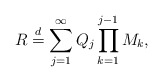
\begin{align*}R \stackrel{d}{=}\sum_{j=1}^\infty Q_j \prod_{k=1}^{j-1}M_k,\end{align*}